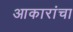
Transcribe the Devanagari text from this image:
आकारांचा